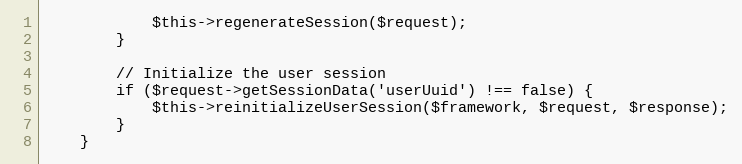
Language: PHP
            $this->regenerateSession($request);
        }

        // Initialize the user session
        if ($request->getSessionData('userUuid') !== false) {
            $this->reinitializeUserSession($framework, $request, $response);
        }
    }